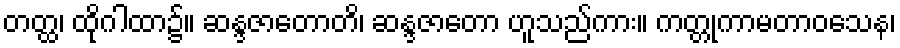
တတ္ထ၊ ထိုဂါထာ၌။ ဆန္ဒဇာတောတိ၊ ဆန္ဒဇာတော ဟူသည်ကား။ ကတ္တုကာမတာဝသေန၊